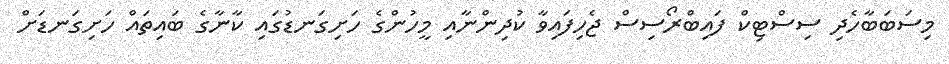
މިސަބަބާހެދި ސިސްޓިކް ފައިބްރޯސިސް ޖެހިފައިވާ ކުދިންނާއި މީހުންގެ ހަށިގަނޑުގައި ކާނާގެ ބައިތައް ހަށިގަނޑަށް